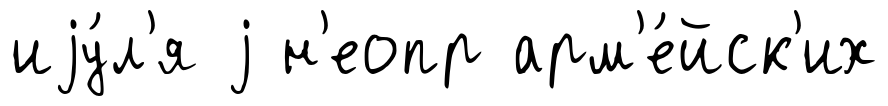
иjу́л'я j н'еопр арм'е́йск'их